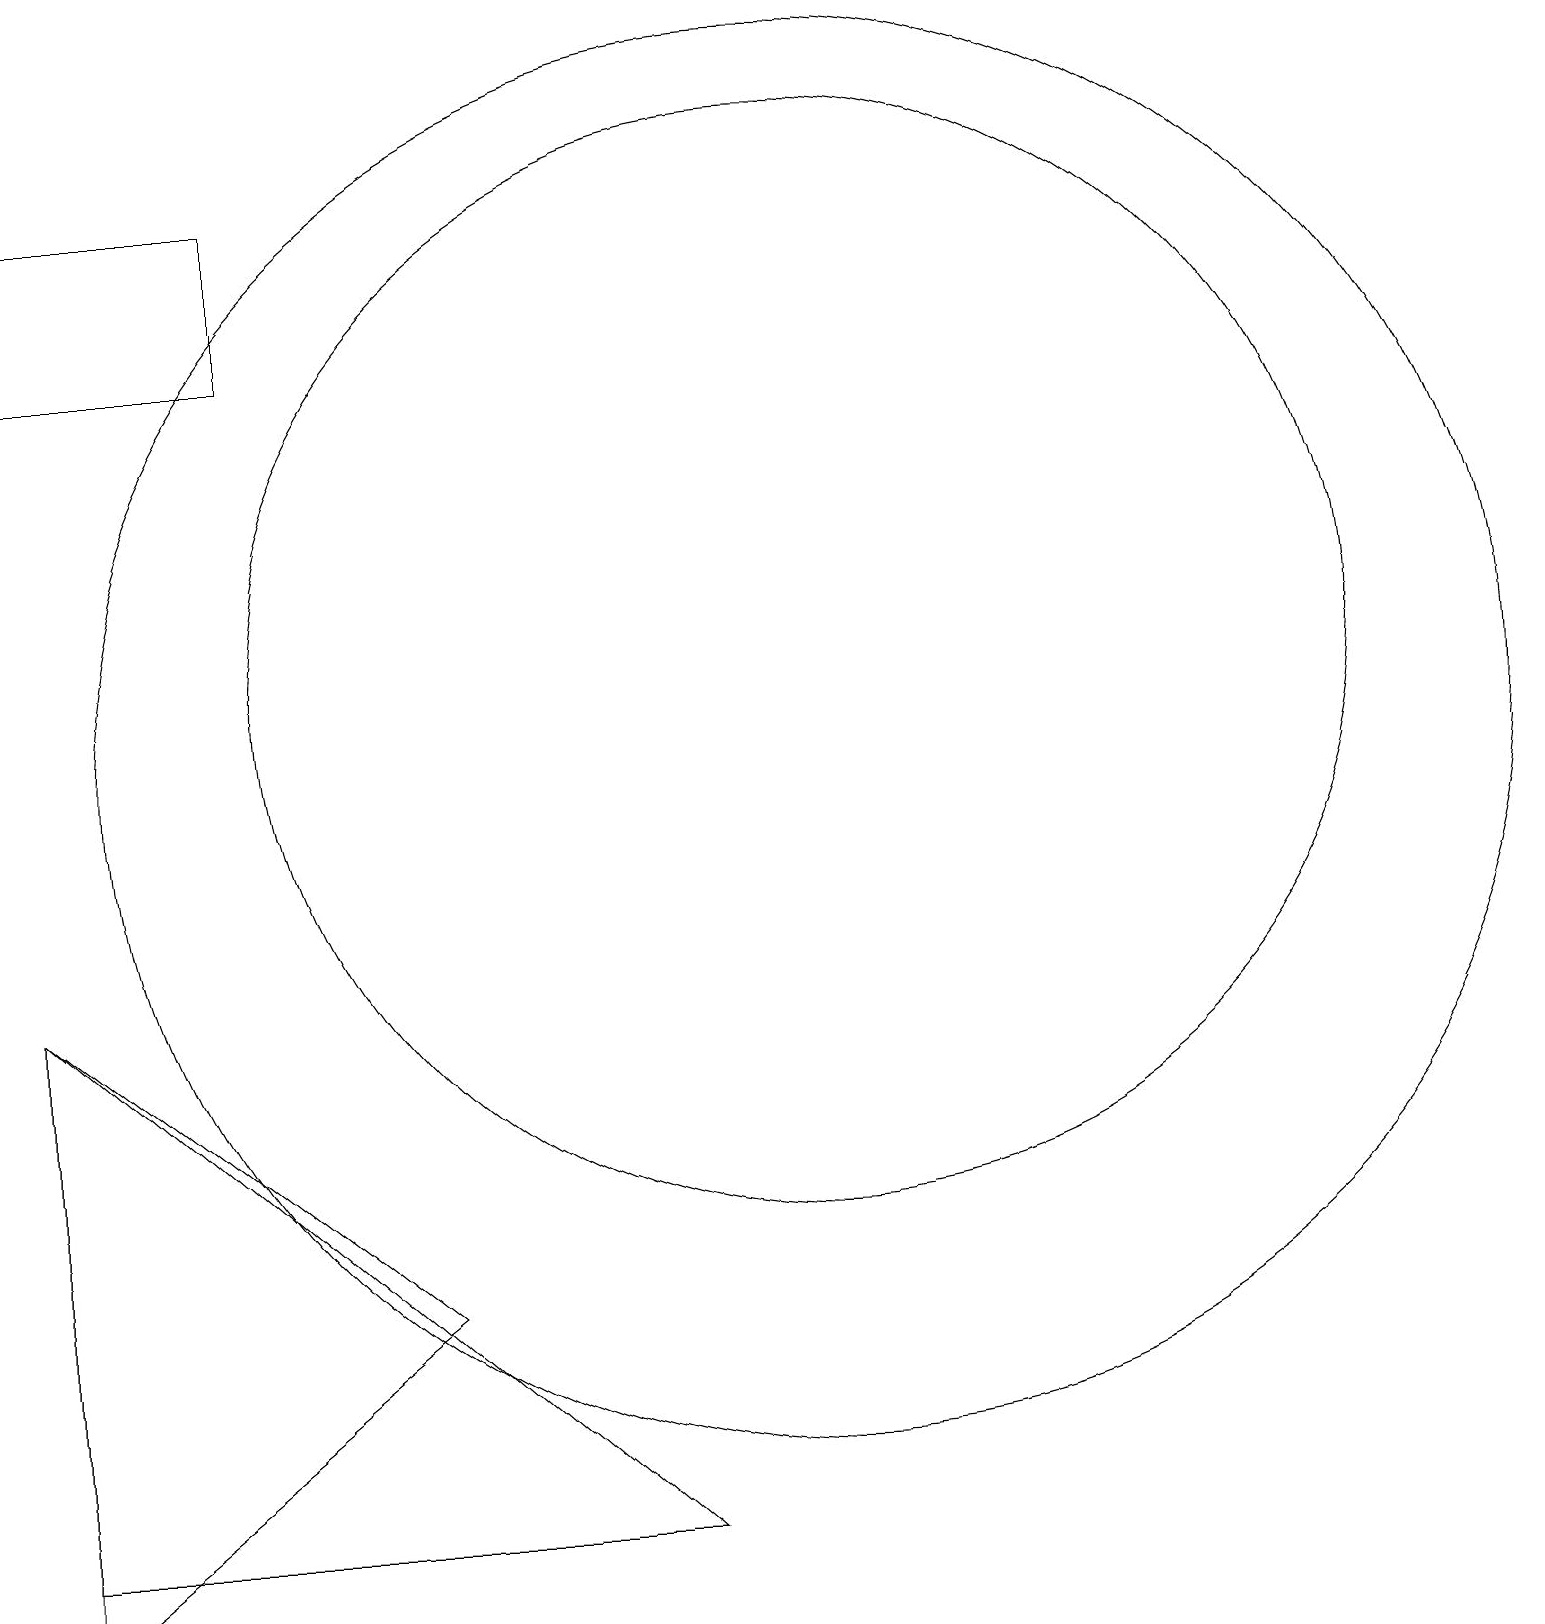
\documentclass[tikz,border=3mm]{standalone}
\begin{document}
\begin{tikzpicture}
\draw (10,11) circle (9);
\draw (3,18) rectangle (0,16);
\draw (0,1) -- (8,1) -- (0,8) -- cycle;
\draw (10,12) circle (7);
\draw (0,8) -- (0,0) -- (5,4) -- cycle;
\draw (3,15) rectangle (3,15);
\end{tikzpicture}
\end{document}